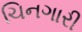
ચિનગારી